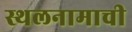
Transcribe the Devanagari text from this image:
स्थलनामाची